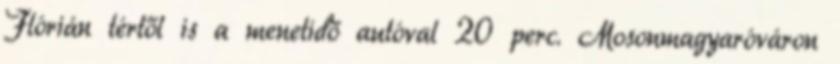
Flórián tértől is a menetidő autóval 20 perc. Mosonmagyaróváron